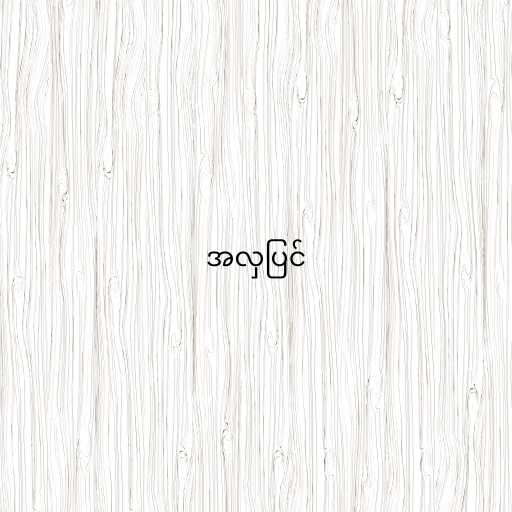
အလှပြင်